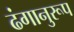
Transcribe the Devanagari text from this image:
ढंगानुरूप